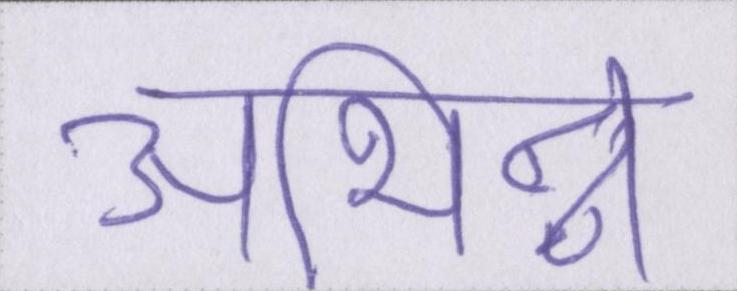
अभिन्न